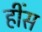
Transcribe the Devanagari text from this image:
हींस